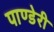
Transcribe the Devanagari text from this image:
पाण्डेरी